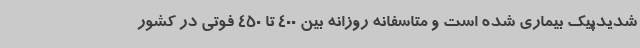
شدیدپیک بیماری شده است و متاسفانه روزانه بین 400 تا 450 فوتی در کشور